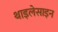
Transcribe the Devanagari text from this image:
थाइलेसाइन